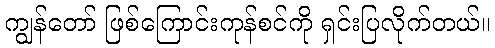
ကျွန်တော် ဖြစ်ကြောင်းကုန်စင်ကို ရှင်းပြလိုက်တယ်။